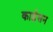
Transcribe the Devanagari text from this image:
काईसन